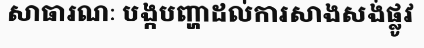
សាធារណៈ បង្កបញ្ហាដល់ការសាងសង់ផ្លូវ